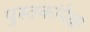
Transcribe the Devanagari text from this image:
पुस्तकांपेक्षा